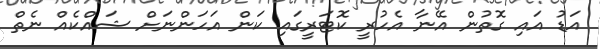
އަޑު އައި ގޮތުން އޭނާ އެހުރީ ކޮޓަރީގައި ކަން އަހަންނަށް ޝައްކެއް ނެތް